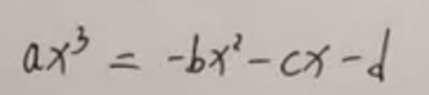
\[
ax^{3}=-bx^{2}-cx - d
\]